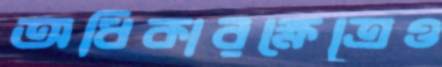
অধিকারক্ষেত্রেও